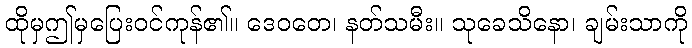
ထိုမှဤမှပြေးဝင်ကုန်၏။ ဒေဝတေ၊ နတ်သမီး။ သုခေသိနော၊ ချမ်းသာကို